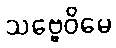
သဗ္ဗေဝိမေ